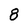
Character: 8